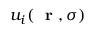
u _ { i } ( \mathrm { ~ \bf ~ r ~ } , \sigma )